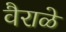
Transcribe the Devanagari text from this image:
वैराळे